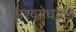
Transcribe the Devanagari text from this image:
अश्वमेधयज्ञ